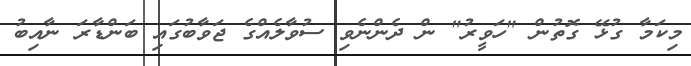
މިކަމާ ގުޅޭ ގޮތުން "ހަވީރު" ން ދެންނެވި ސުވާލެއްގެ ޖަވާބުގައި ބަންޑާރަ ނާއިބު